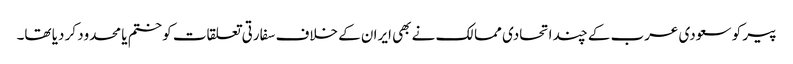
پیر کو سعودی عرب کے چند اتحادی ممالک نے بھی ایران کے خلاف سفارتی تعلقات کو ختم یا محدود کر دیا تھا۔